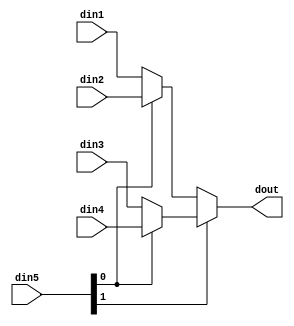
module rs_erasure_mux_42Yie #(
parameter
    ID                = 0,
    NUM_STAGE         = 1,
    din1_WIDTH       = 32,
    din2_WIDTH       = 32,
    din3_WIDTH       = 32,
    din4_WIDTH       = 32,
    din5_WIDTH         = 32,
    dout_WIDTH            = 32
)(
    input  [15 : 0]     din1,
    input  [15 : 0]     din2,
    input  [15 : 0]     din3,
    input  [15 : 0]     din4,
    input  [1 : 0]    din5,
    output [15 : 0]   dout);

// puts internal signals
wire [1 : 0]     sel;
// level 1 signals
wire [15 : 0]         mux_1_0;
wire [15 : 0]         mux_1_1;
// level 2 signals
wire [15 : 0]         mux_2_0;

assign sel = din5;

// Generate level 1 logic
assign mux_1_0 = (sel[0] == 0)? din1 : din2;
assign mux_1_1 = (sel[0] == 0)? din3 : din4;

// Generate level 2 logic
assign mux_2_0 = (sel[1] == 0)? mux_1_0 : mux_1_1;

// output logic
assign dout = mux_2_0;

endmodule